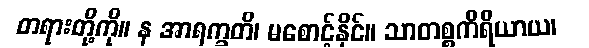
တရားတို့ကို။ န အာရက္ခတိ၊ မစောင့်နိုင်။ သာတစ္စကိရိယာယ၊